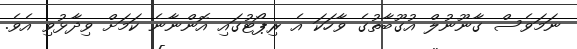
ނަމަވެސް ގާނޫނުލް އުގޫބާތުގެ ވާހަކަ އެ ރިޕޯޓުގައި އޮންނާނެ ކަމަށް ވިދާޅުވި އެވެ.